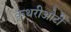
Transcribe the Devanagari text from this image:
कृथरीओटी